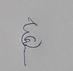
Signature authenticity: genuine